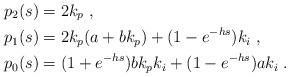
LaTeX: \begin{align*} p_2(s) &= 2k_{p} \;, \\ p_1(s) &= 2k_p(a+bk_p)+(1-e^{-hs})k_i \;, \\ p_0(s) &= (1+e^{-hs})bk_p k_i + (1-e^{-hs}) a k_i \;.\end{align*}